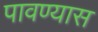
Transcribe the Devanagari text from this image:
पावण्यास